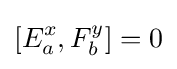
[E_{a}^{x},F_{b}^{y}]=0